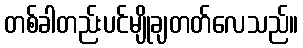
တစ်ခါတည်းပင်မျိုချတတ်လေသည်။